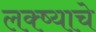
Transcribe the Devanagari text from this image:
लक्ष्याचे